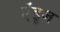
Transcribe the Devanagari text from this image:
ऐंडूज